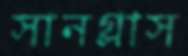
সানগ্লাস